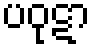
ပဝုဋာ